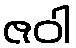
ဇဝါ